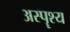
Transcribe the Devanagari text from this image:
अस्पॄश्य